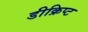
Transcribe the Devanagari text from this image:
डीक्रिप्ट